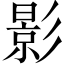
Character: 影